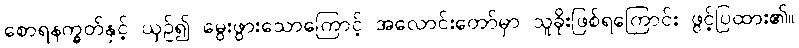
စောရနက္ခတ်နှင့် ယှဉ်၍ မွေးဖွားသောကြောင့် အလောင်းတော်မှာ သူခိုးဖြစ်ရကြောင်း ဖွင့်ပြထား၏။